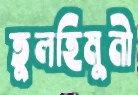
তুলহিমুনী